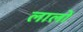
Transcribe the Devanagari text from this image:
लालों